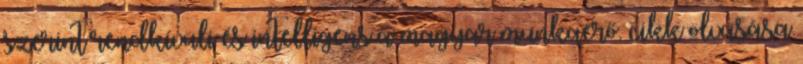
szerint rendkívüli és intelligens a magyar munkaerő. cikk olvasása